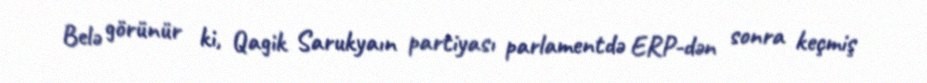
Belə görünür ki, Qagik Sarukyaın partiyası parlamentdə ERP-dən sonra keçmiş